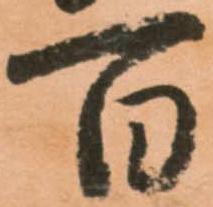
百